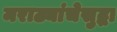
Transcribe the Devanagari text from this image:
मराठ्यांचेसुद्धा